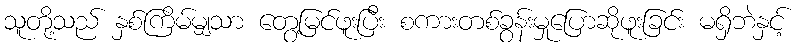
သူတို့သည် နှစ်ကြိမ်မျှသာ တွေ့မြင်ဖူးပြီး စကားတစ်ခွန်းမှုပြောဆိုဖူးခြင်း မရှိဘဲနှင့်